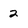
Character: 2